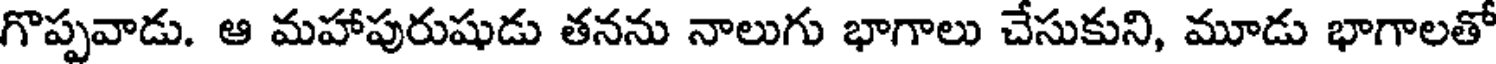
గొప్పవాడు. ఆ మహాపురుషుడు తనను నాలుగు భాగాలు చేసుకుని, మూడు భాగాలతో